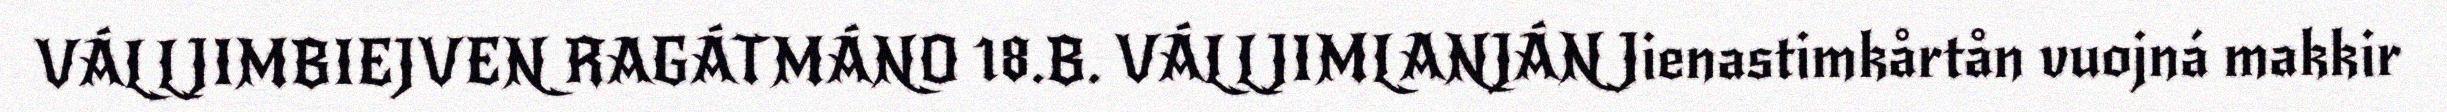
VÁLLJIMBIEJVEN RAGÁTMÁNO 18.B. VÁLLJIMLANJÁN Jienastimkårtån vuojná makkir